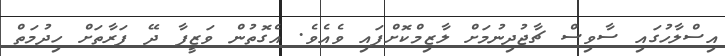
އިސްލާހުގައި ސާވިސް ޗާޖުދިނުމަށް ލާޒިމްކޮށްފައި ވެއެވެ. އެގޮތުން ވަޒީފާ ދޭ ފަރާތަަށް ހިދުމަތް